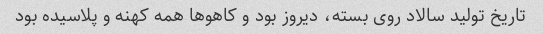
تاریخ تولید سالاد روی بسته، دیروز بود و کاهوها همه کهنه و پلاسیده بود